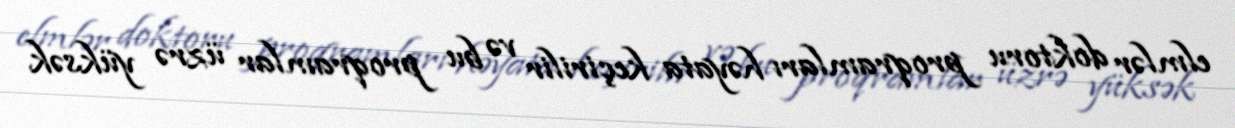
elmlər doktoru proqramları həyata keçirilir və bu proqramlar üzrə yüksək